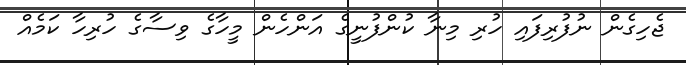
ޖެހިގެން ނުފުރިފައި ހުރި މިނާ ކުންފުނީގެ އަންހެން މީހާގެ ވިސާގެ ހުރިހާ ކަމެއް